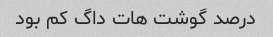
درصد گوشت هات داگ کم بود